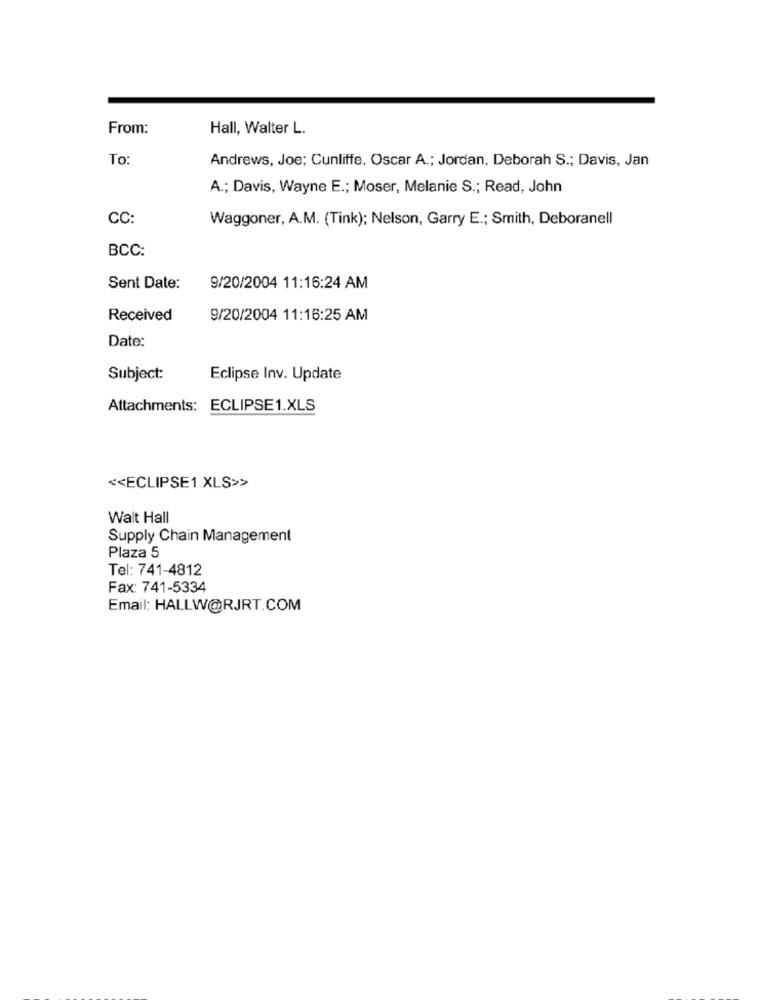
From:
Hall, Walter L.
To
Andrews, Joe; Cunliffe, Oscar A .; Jordan, Deborah S .; Davis, Jan
A .; Davis, Wayne E .; Moser, Melanie S .; Read, John
CC:
Waggoner, A.M. (Tink); Nelson, Garry E .; Smith, Deboranell
BCC:
Sent Date:
9/20/2004 11:16:24 AM
Received
9/20/2004 11:16:25 AM
Date:
Subject:
Eclipse Inv. Update
Attachments: ECLIPSE1.XLS
<< ECLIPSE1.XLS>>
Walt Hall
Supply Chain Management
Plaza 5
Tel: 741-4812
Fax: 741-5334
Email: HALLW@RJRT.COM